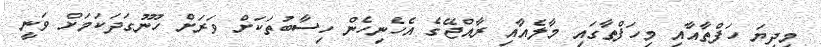
މިދިޔަ ހަފްތާއާއި މިހަފްތާގައި މާލެއާއި ރާއްޖޭގެ އެހެނިހެން ހިސާބުތަކަށް ވަރަށް ހޫނުގަދަކަމަށް ވަނީ